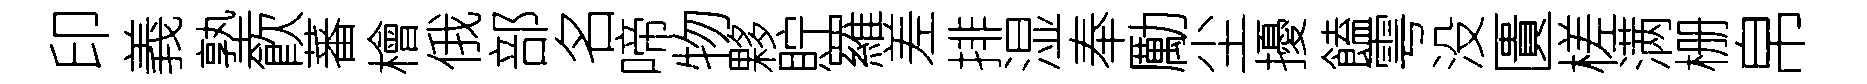
印義塾飮蕃檜俄部名啼物夥貯羅差排湿奉勵尘擾饁雩没匱槎满栅帛